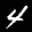
Label: 4